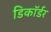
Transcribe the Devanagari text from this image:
डिकॉर्डर